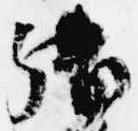
御